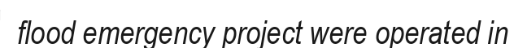
flood emergency project were operated in